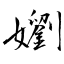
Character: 嬼